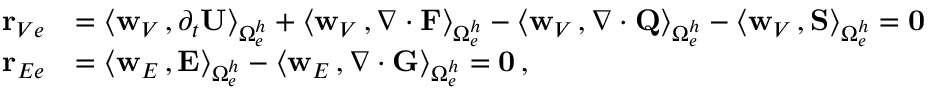
\begin{array} { r l } { { \bf r } _ { V e } } & { = \big \langle { { \bf w } _ { V } } \, , \partial _ { { t } } { \bf U } \big \rangle _ { \Omega _ { e } ^ { h } } + \big \langle { { \bf w } _ { V } } \, , \nabla \cdot { \bf F } \big \rangle _ { \Omega _ { e } ^ { h } } - \big \langle { { \bf w } _ { V } } \, , \nabla \cdot { \bf Q } \big \rangle _ { \Omega _ { e } ^ { h } } - \big \langle { { \bf w } _ { V } } \, , { \bf S } \big \rangle _ { \Omega _ { e } ^ { h } } = { \bf 0 } } \\ { { \bf r } _ { E e } } & { = \big \langle { { \bf w } _ { E } } \, , { \bf E } \big \rangle _ { \Omega _ { e } ^ { h } } - \big \langle { { \bf w } _ { E } } \, , \nabla \cdot { \bf G } \big \rangle _ { \Omega _ { e } ^ { h } } = { \bf 0 } \, , } \end{array}